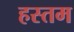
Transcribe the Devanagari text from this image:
हस्तम